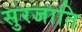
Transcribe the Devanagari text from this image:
सुरजाति